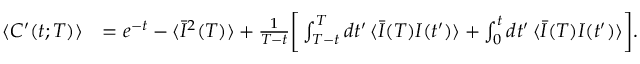
\begin{array} { r l } { \langle C ^ { \prime } ( t ; T ) \rangle } & { = e ^ { - t } - \langle \bar { I } ^ { 2 } ( T ) \rangle + \frac { 1 } { T - t } \bigg [ \int _ { T - t } ^ { T } d t ^ { \prime } \, \langle \bar { I } ( T ) I ( t ^ { \prime } ) \rangle + \int _ { 0 } ^ { t } d t ^ { \prime } \, \langle \bar { I } ( T ) I ( t ^ { \prime } ) \rangle \bigg ] . } \end{array}